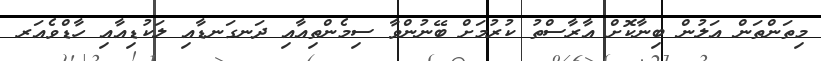
މިތަންތަން އަލުން ބިނާކޮށް އާރާސްތު ކުރުމަށް ބޭނުންވާ ސިމެންތިއާއި ދަނގަނޑާއި ލަކުޑިއާއި ހާޑްވެއަރ